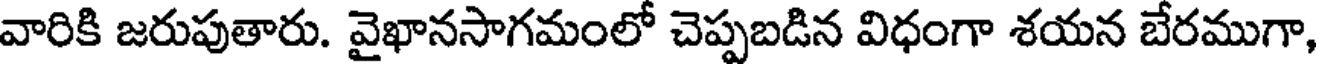
వారికి జరుపుతారు. వైఖానసాగమంలో చెప్పబడిన విధంగా శయన బేరముగా,